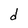
Character: d